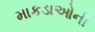
માકડાઓની